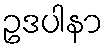
ဥဒပါနာ